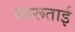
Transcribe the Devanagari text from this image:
सारूताई